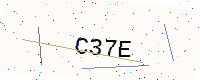
Text: C37E